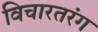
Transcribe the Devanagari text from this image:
विचारतरंग